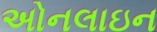
અોનલાઇન